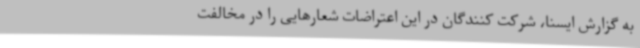
به گزارش ایسنا، شرکت کنندگان در این اعتراضات شعارهایی را در مخالفت